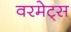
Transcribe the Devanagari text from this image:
वरमेट्स